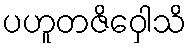
ပဟူတဇိဝှေါသိ